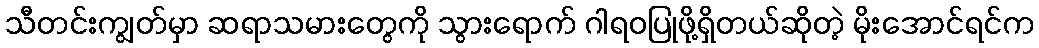
သီတင်းကျွတ်မှာ ဆရာသမားတွေကို သွားရောက် ဂါရဝပြုဖို့ရှိတယ်ဆိုတဲ့ မိုးအောင်ရင်က